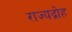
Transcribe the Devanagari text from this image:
राज्यद्रोह